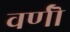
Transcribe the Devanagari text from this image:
वर्णॊं